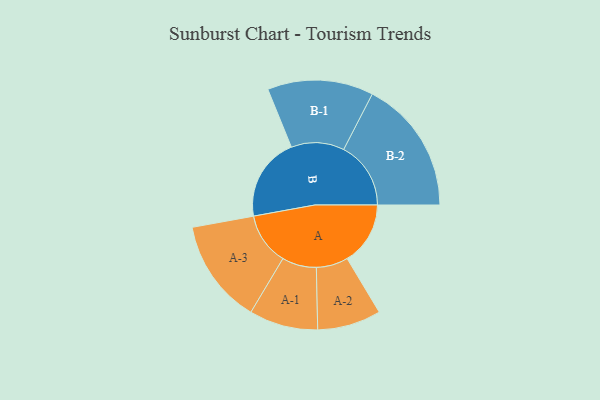
{"axis": {"x": "Segment", "y": "Value"}, "legend": ["", "A", "B"], "data": [{"x": "A", "y": 272, "type": ""}, {"x": "B", "y": 360, "type": ""}, {"x": "A-1", "y": 148, "type": "A"}, {"x": "A-2", "y": 137, "type": "A"}, {"x": "A-3", "y": 225, "type": "A"}, {"x": "B-1", "y": 228, "type": "B"}, {"x": "B-2", "y": 289, "type": "B"}]}